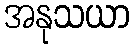
အနုသယာ